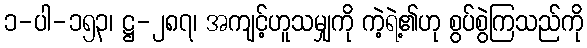
၁-ပါ-၁၅၃၊ ဋ္ဌ-၂၈၇၊ အကျင့်ဟူသမျှကို ကဲ့ရဲ့၏ဟု စွပ်စွဲကြသည်ကို